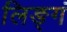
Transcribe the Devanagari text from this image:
लिङ्गं